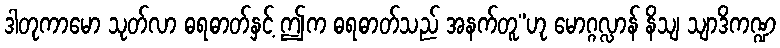
ဒါတုကာမော သုတ်လာ ဓရဓာတ်နှင့် ဤက ဓရဓာတ်သည် အနက်တူ”ဟု မောဂ္ဂလ္လာန် နိသျ သျာဒိကဏ္ဍ